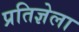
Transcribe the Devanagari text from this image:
प्रतिज्ञेला